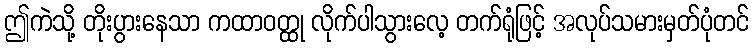
ဤကဲသို့ တိုးပွားနေသာ ကထာဝတ္ထု လိုက်ပါသွားလေ့ တက်ရုံဖြင့် အလုပ်သမားမှတ်ပုံတင်